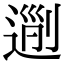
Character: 𨔜